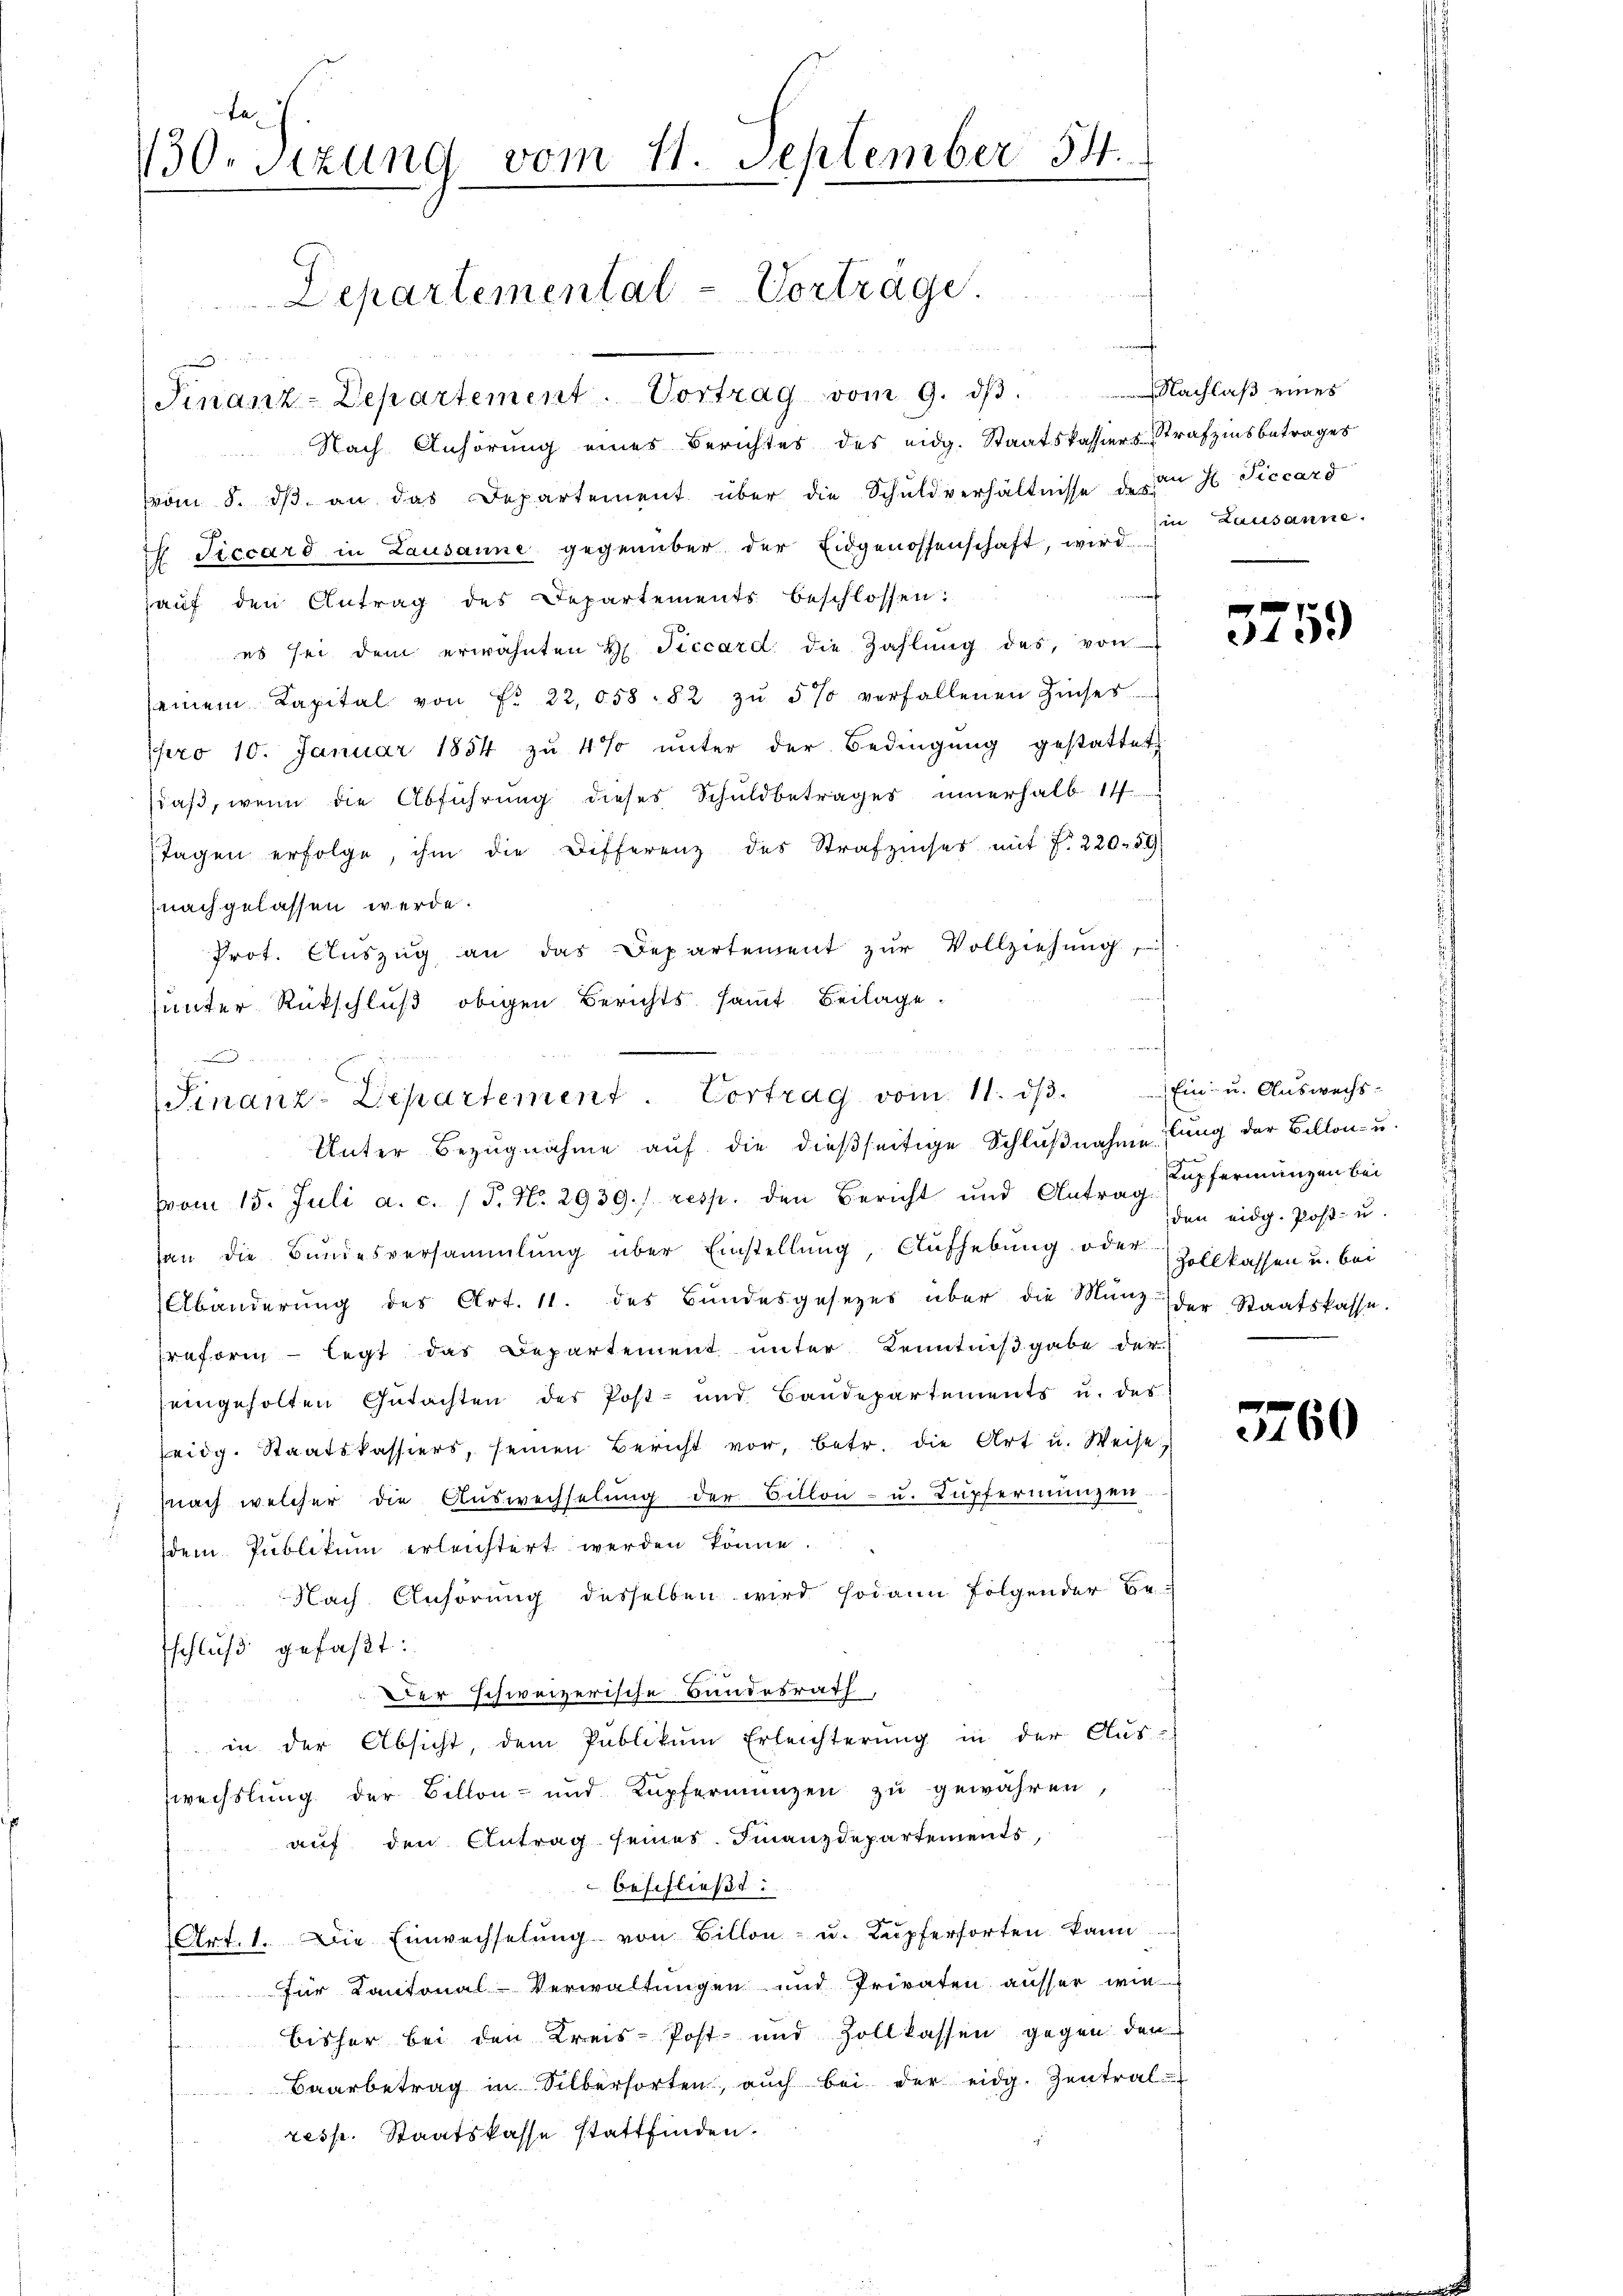
ta
130. Sitzung vom 11. September 54.
Departemental-Vorträge.

Finanz-Departement. Vortrag vom 9. dβ.  Nachlaβ eines
Nach Anhörung eines Berichtes des eidg. Staatskassiers-Strafzinsbetrages

vom 8. dβ an das Departement über die Schuldverhältnisse des der H Piccard
 Ticcard in Lausanne gegenüber der Eidgenossenschaft, wird zu Lausanne.
auf den Antrag des Departements beschlossen:
es sei dem erwähnten H. Ficcard die Zahlung des, von
seinem Kapital von Fr. 22,058 - 82 zŭ 5 % verfallenen Zinses
pro 10. Januar 1854 zŭ 4% ŭnter der Bedingŭng gestattet,
(daß, wenn die Abführung dieses Schuldbetrages innerhalb 14
tagen erfolge, ihm die Differenz des Strafzinses mit 7. 220. 59
nach gelassen werde.
Prot. Aŭszŭg an das Departement zŭr Vollziehŭng
unter Rückschluß obigen Berichts samt Beilage
vvom 15. Juli a. c. (T. No. 2939./ resp. den Bericht und Antrag Kupfermangen bei
an die Bundesversammlung über Einstellung, Aufhebung oder
Abänderŭng des Art. 11. des Bŭndesgesetzes über die Münz der Staatskasse.
raforen - legt das Departement unter Kenntnißgabe der
eingeholten Gŭtachten des Post- und Baudepartements u. des
eidg. Staatskassiers, seinen Bericht vor, betr. die Art u. Weise,
nach welcher die Auswechselung der Billon - u. Kupfernungen.
dem Publikum erleichtert werden könne.
Nach Anhörung desselben wird sodann folgender Be-
schluß gefaßt:
Der schweizerische Bundesrath,
in der Absicht, dem Publikum Erleichterung in der Aus-
wechslung der Billon- und Kupfermangen zu gewähren,
auf den Antrag seines Finanzdepartements,
beschließt:
Art. 1. Die Einwechselŭng von Billon - u. Kupferforten kann
für Kantonal-Verwaltungen und Privaten ausser wie
bisher bei den Kreis-Post- und Zollkassen gegen den
Baarbetrag in Silbersorten, auch bei der eidg. Zentral-
resp. Staatskasse stattfinden.

3
E
(Finanz-Departement Vortrag vom 11. ds.
Unter Bezugnahme auf die dießseitige Schlußnahme ung der Billon- u.

f 0 x
3400

Ein- u. Auswechs-
den eidg. Post- u.
Zollkassen u. bei

160